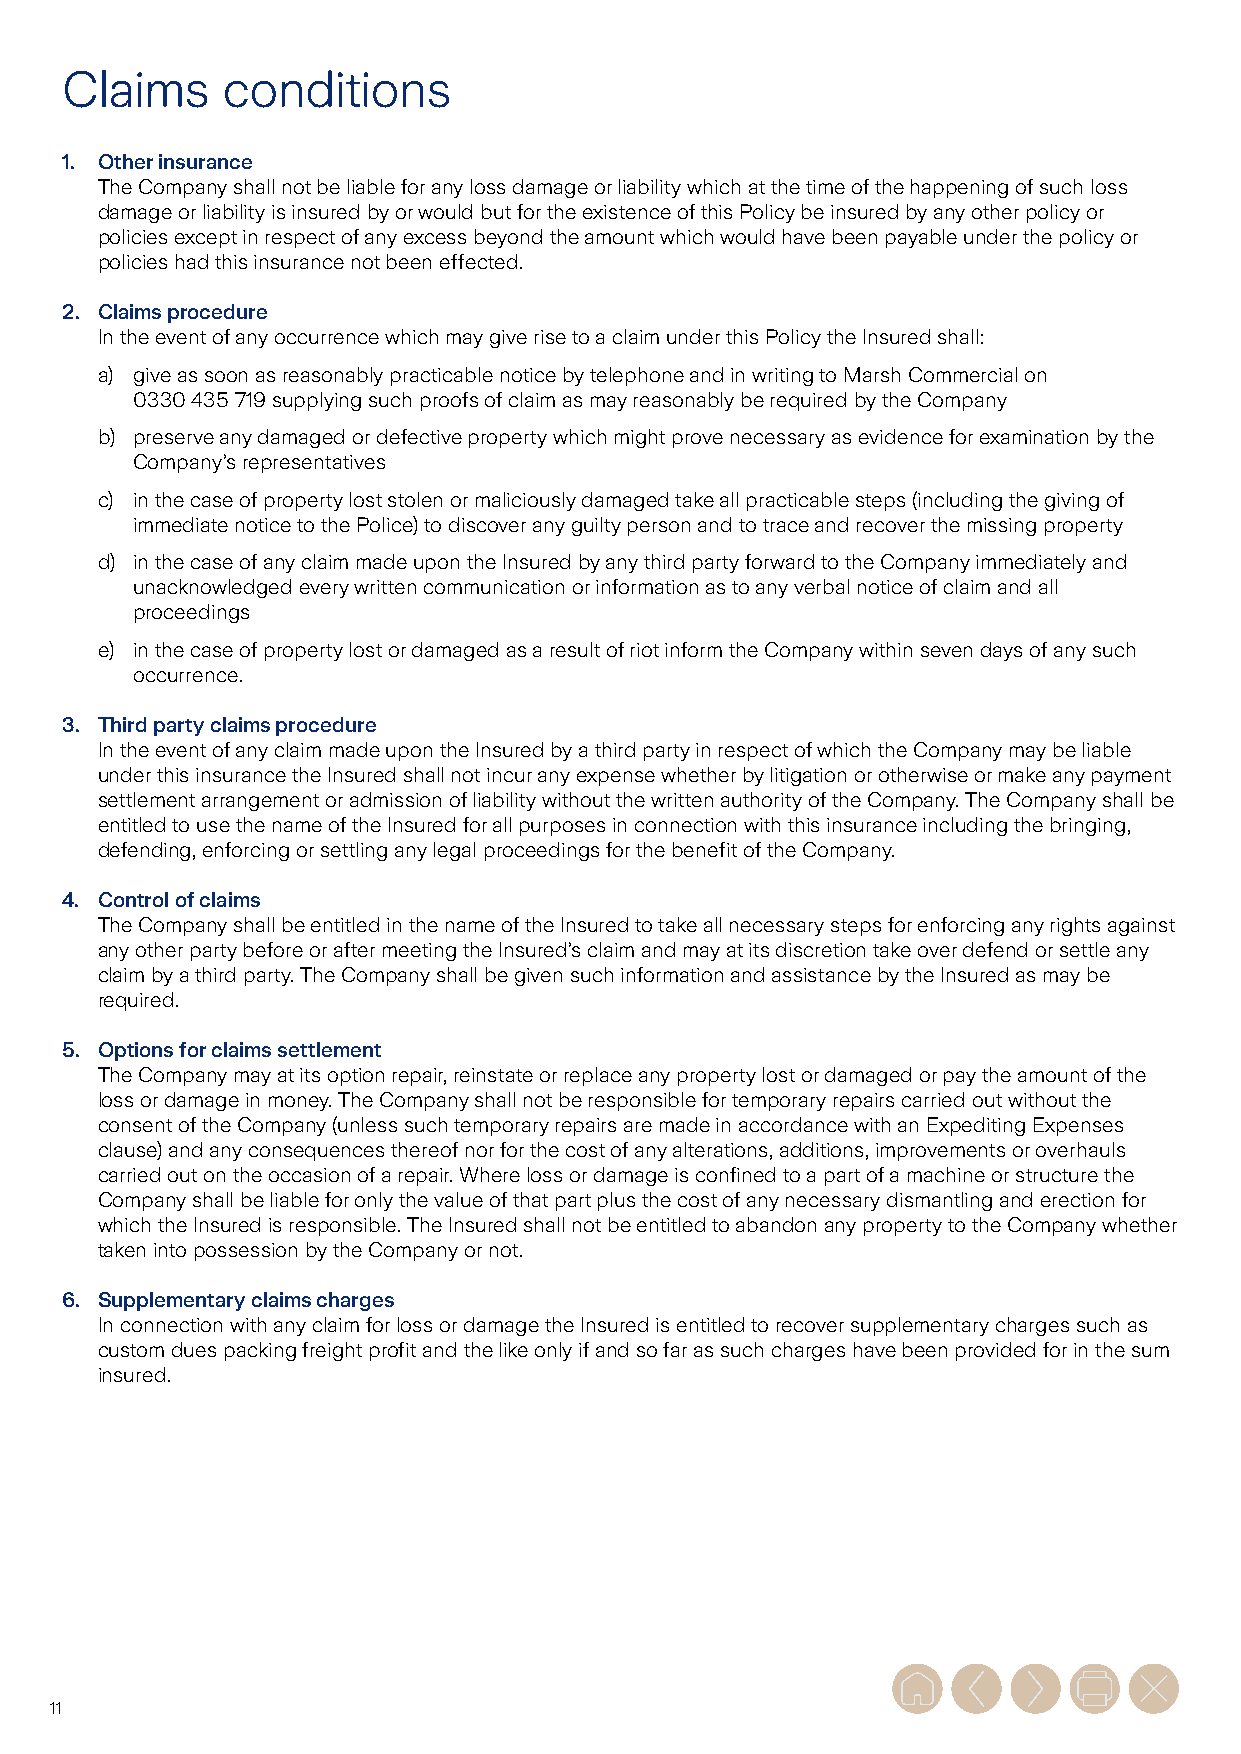
Claims     conditions
 1. Other insurance
 The Company shall not be liable for any loss damage or liability which at the time of the happening of such loss
 damage or liability is insured by or would but for the existence of this Policy be insured by any other policy or
 policies except in respect of any excess beyond the amount which would have been payable under the policy or
 policies had this insurance not been effected.
 2. Claims procedure
 In the event of any occurrence which may give rise to a claim under this Policy the Insured shall:
 a) give as soon as reasonably practicable notice by telephone and in writing to Marsh Commercial on
 0330 435 719 supplying such proofs of claim as may reasonably be required by the Company
 b) preserve any damaged or defective property which might prove necessary as evidence for examination by the
 Company’s representatives
 c) in the case of property lost stolen or maliciously damaged take all practicable steps (including the giving of
 immediate notice to the Police) to discover any guilty person and to trace and recover the missing property
 d) in the case of any claim made upon the Insured by any third party forward to the Company immediately and
 unacknowledged every written communication or information as to any verbal notice of claim and all
 proceedings
 e) in the case of property lost or damaged as a result of riot inform the Company within seven days of any such
 occurrence.
 3. Third party claims procedure
 In the event of any claim made upon the Insured by a third party in respect of which the Company may be liable
 under this insurance the Insured shall not incur any expense whether by litigation or otherwise or make any payment
 settlement arrangement or admission of liability without the written authority of the Company. The Company shall be
 entitled to use the name of the Insured for all purposes in connection with this insurance including the bringing,
 defending, enforcing or settling any legal proceedings for the benefit of the Company.
 4. Control of claims
 The Company shall be entitled in the name of the Insured to take all necessary steps for enforcing any rights against
 any other party before or after meeting the Insured’s claim and may at its discretion take over defend or settle any
 claim by a third party. The Company shall be given such information and assistance by the Insured as may be
 required.
 5. Options for claims settlement
 The Company may at its option repair, reinstate or replace any property lost or damaged or pay the amount of the
 loss or damage in money. The Company shall not be responsible for temporary repairs carried out without the
 consent of the Company (unless such temporary repairs are made in accordance with an Expediting Expenses
 clause) and any consequences thereof nor for the cost of any alterations, additions, improvements or overhauls
 carried out on the occasion of a repair. Where loss or damage is confined to a part of a machine or structure the
 Company shall be liable for only the value of that part plus the cost of any necessary dismantling and erection for
 which the Insured is responsible. The Insured shall not be entitled to abandon any property to the Company whether
 taken into possession by the Company or not.
 6. Supplementary claims charges
 In connection with any claim for loss or damage the Insured is entitled to recover supplementary charges such as
 custom dues packing freight profit and the like only if and so far as such charges have been provided for in the sum
 insured.
 11